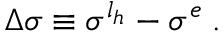
\Delta \sigma \equiv \sigma ^ { l _ { h } } - \sigma ^ { e } \; .